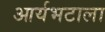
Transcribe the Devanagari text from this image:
आर्यभटाला